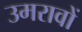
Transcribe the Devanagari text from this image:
उमरावों